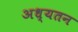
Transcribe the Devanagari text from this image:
अध्यतन